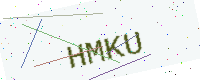
Text: HMKU